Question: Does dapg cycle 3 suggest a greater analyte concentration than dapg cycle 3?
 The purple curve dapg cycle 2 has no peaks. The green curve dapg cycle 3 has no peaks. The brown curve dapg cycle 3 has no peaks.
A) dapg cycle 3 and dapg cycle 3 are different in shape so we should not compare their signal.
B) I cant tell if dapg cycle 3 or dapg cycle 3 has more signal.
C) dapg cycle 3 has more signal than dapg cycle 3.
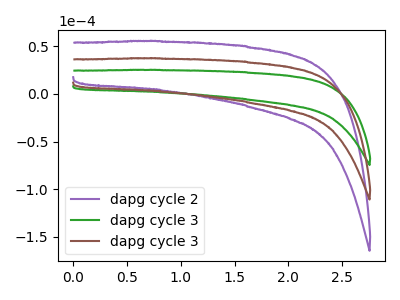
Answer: <think>Neither "dapg cycle 3" or "dapg cycle 3" have any peaks.
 </think>
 <answer>B) I cant tell if "dapg cycle 3" or "dapg cycle 3" has more signal.</answer>
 <eval>B</eval>